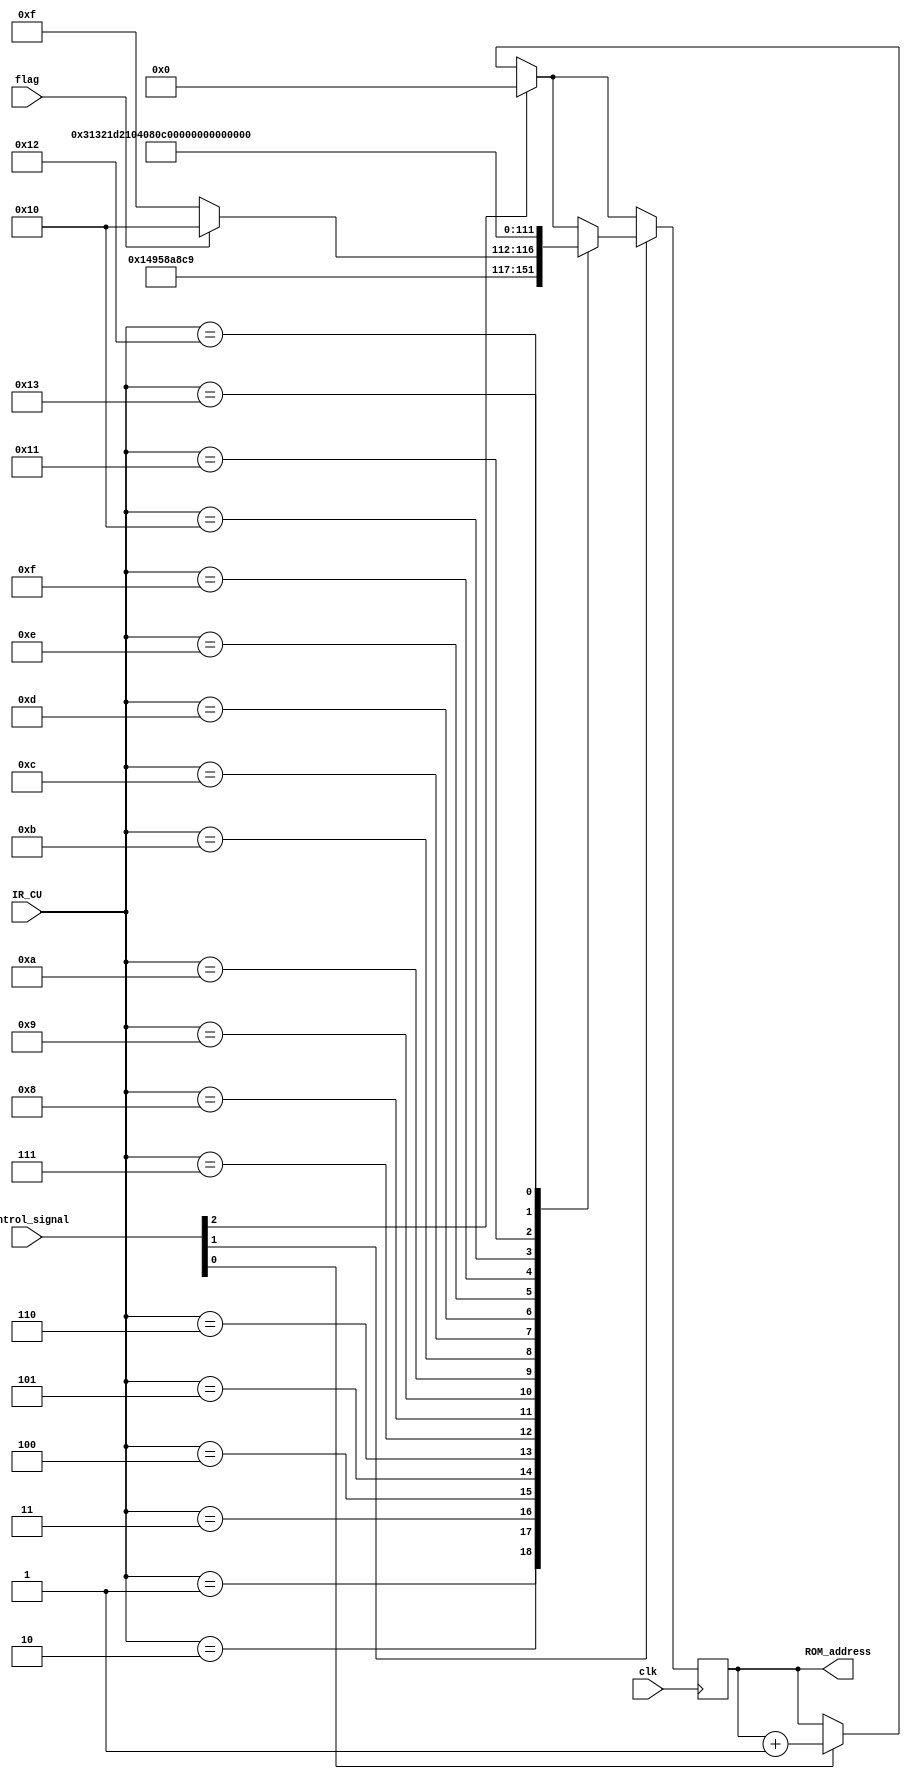
`timescale 1ns / 1ps
//////////////////////////////////////////////////////////////////////////////////
// Company: 
// Engineer: 
// 
// Design Name: 
// Module Name: CU
// Project Name: 
// Target Devices: 
// Tool Versions: 
// Description: 
// 
// Dependencies: 
// 
// Revision:
// Revision 0.01 - File Created
// Additional Comments:
// 
//////////////////////////////////////////////////////////////////////////////////


module CU(
    input clk,
    input flag,
    input [7:0]IR_CU,
    input [31:0]control_signal,
    output [7:0]ROM_address
    );
    
reg [7:0] CA_reg = 0;
assign ROM_address = CA_reg;
always @(posedge clk)
begin
    if (control_signal[0] == 1)
        CA_reg <= CA_reg + 1;
    if (control_signal[2] == 1)
        CA_reg <= 0;
    if (control_signal[1] == 1)
        begin
            case(IR_CU)
                8'b0000_0001: CA_reg<=41;// store x
                8'b0000_0010: CA_reg<=43;// load x
                8'b0000_0011: CA_reg<=21;// add x
                8'b0000_0100: CA_reg<=25;// sub x
                8'b0000_0101:
                begin // jmpgez x
                if (flag==0) CA_reg <= 47;
                else CA_reg <= 48;
                end
                8'b0000_0110: CA_reg<=49;// jmp x
                8'b0000_0111: CA_reg<=50;// halt
                8'b0000_1000: CA_reg<=29;// mpy x
                8'b0000_1001: CA_reg<=33;// div x
                8'b0000_1010: CA_reg<=04;// and x
                8'b0000_1011: CA_reg<=08;// or x
                8'b0000_1100: CA_reg<=12;// not x
                8'b0000_1101: CA_reg<=37;// shiftR
                8'b0000_1110: CA_reg<=38;// shiftL
                8'b0000_1111: CA_reg<=39;// saL
                8'b0001_0000: CA_reg<=40;// saR
                8'b0001_0001: CA_reg<=13;// XOR
                8'b0001_0010: CA_reg<=17;// NXOR
                8'b0001_0011: CA_reg<=51;// SHOW
            endcase
        end    

end


endmodule